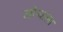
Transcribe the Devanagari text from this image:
खोऱ्याला